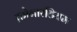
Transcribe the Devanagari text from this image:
क्रोनारटियम